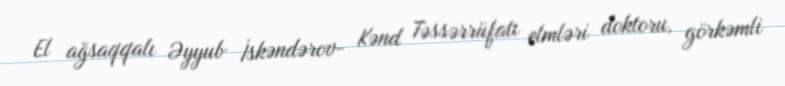
El ağsaqqalı Əyyub İskəndərov- Kənd Təssərrüfatı elmləri doktoru, görkəmli